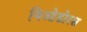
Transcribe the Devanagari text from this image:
थिओडोरस